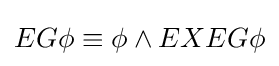
EG\phi \equiv \phi \land EXEG\phi